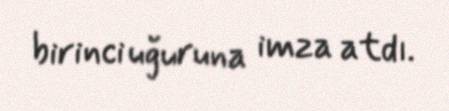
birinci uğuruna imza atdı.